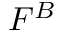
F ^ { B }